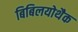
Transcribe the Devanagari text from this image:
बिबिलयोथैक